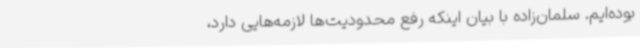
بوده‌ایم. سلمان‌زاده با بیان اینکه رفع محدودیت‌ها لازمه‌هایی دارد،